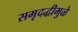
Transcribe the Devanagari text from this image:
समृदद्धीमुळे